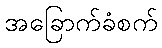
အခြောက်ခံစက်